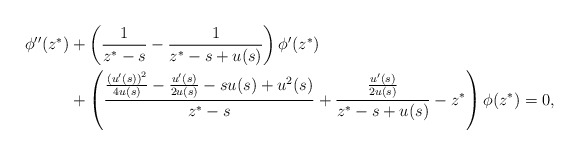
\begin{align*}\begin{aligned}\phi''(z^*)&+\left(\frac{1}{z^*-s}-\frac{1}{z^*-s+u(s)}\right)\phi'(z^*)\\&+\left(\frac{\frac{\left(u'(s)\right)^2}{4u(s)}-\frac{u'(s)}{2u(s)}-su(s)+u^2(s)}{z^*-s}+\frac{\frac{u'(s)}{2u(s)}}{z^*-s+u(s)}-z^*\right)\phi(z^*)=0,\end{aligned}\end{align*}